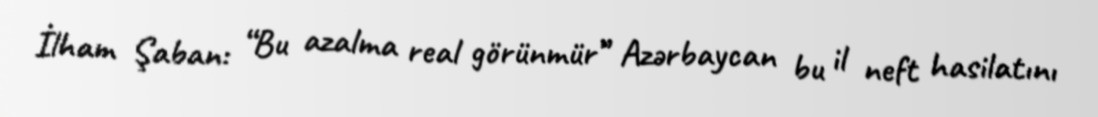
İlham Şaban: “Bu azalma real görünmür” Azərbaycan bu il neft hasilatını